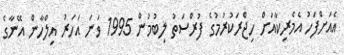
އެއަށްފަހު އެމެރިކާއަށް ހިޖްރަކުރުމުގެ ފުރްސަތު ލިބުމުން 1995 ވަނަ އަހަރު އިލްހާން އޭނާގެ